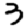
Digit: 3